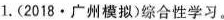
1.(2018·广州模拟)综合性学习。